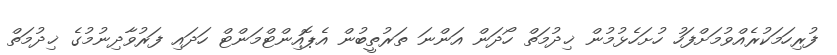
ފުރިހަމަކުރެއްވުމަށްފަހު ހުށަހެޅުމުން ޚިދުމަތް ހޯދަން އަންނަ ތަރުތީބުން އެޕޮއިންޓްމަންޓް ހަދައި ފަރުވާދިނުމުގެ ޚިދުމަތް